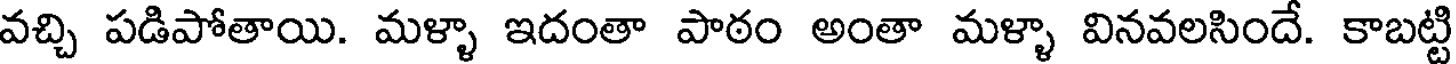
వచ్చి పడిపోతాయి. మళ్ళా ఇదంతా పాఠం అంతా మళ్ళా వినవలసిందే. కాబట్టి